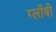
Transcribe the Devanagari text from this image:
ग्लॉबी